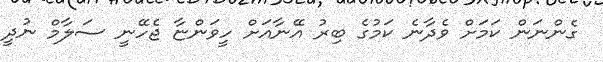
ގެންނަން ކަމަށް ވެދާނެ ކަމުގެ ބިރު އޭނާއަށް ހީވަންޏާ ޖެހޭނީ ސަލާމް ނުދީ